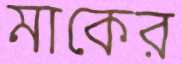
মাকের